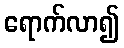
ရောက်လာ၍